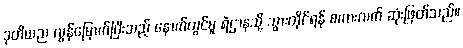
ဒုတိယည လွန်မြောက်ပြီးသည့် နောက်တွင်မူ ရဲဌာနသို့ သွားတိုင်ရန် စကားလက် ဆုံးဖြတ်သည်။